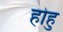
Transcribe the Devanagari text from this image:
होहु